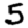
Digit: 5